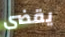
يقضى